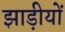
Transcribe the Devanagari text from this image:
झाड़ीयों